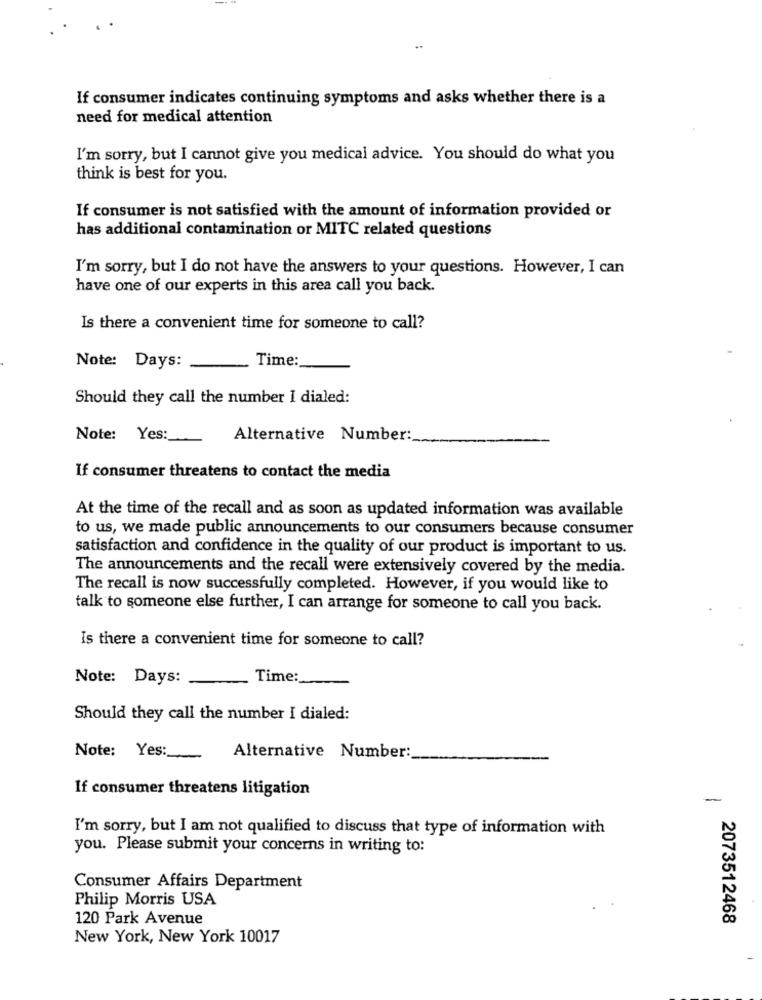
If consumer indicates continuing symptoms and asks whether there is a
need for medical attention
I'm sorry, but I cannot give you medical advice. You should do what you
think is best for you.
If consumer is not satisfied with the amount of information provided or
has additional contamination or MITC related questions
I'm sorry, but I do not have the answers to your questions. However, I can
have one of our experts in this area call you back.
Is there a convenient time for someone to call?
Note: Days:
Time:
Should they call the number I dialed:
Note: Yes :_
Alternative Number:
If consumer threatens to contact the media
At the time of the recall and as soon as updated information was available
to us, we made public announcements to our consumers because consumer
satisfaction and confidence in the quality of our product is important to us.
The announcements and the recall were extensively covered by the media.
The recall is now successfully completed. However, if you would like to
talk to someone else further, I can arrange for someone to call you back.
Is there a convenient time for someone to call?
Note: Days:
Time:
Should they call the number I dialed:
Note: Yes:
Alternative Number:
If consumer threatens litigation
-
I'm sorry, but I am not qualified to discuss that type of information with
you. Please submit your concerns in writing to:
Consumer Affairs Department
Philip Morris USA
120 Park Avenue
2073512468
New York, New York 10017